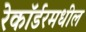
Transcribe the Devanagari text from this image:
रेकॉर्डरमधील